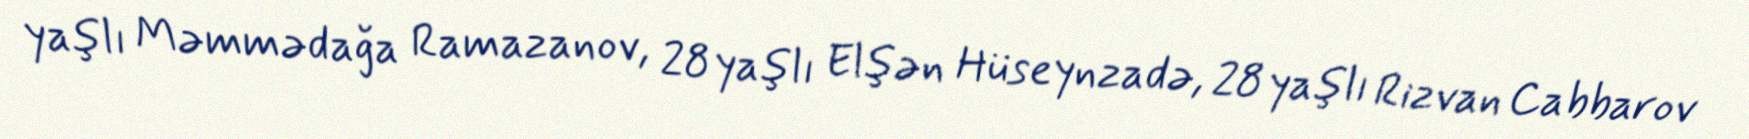
yaşlı Məmmədağa Ramazanov, 28 yaşlı Elşən Hüseynzadə, 28 yaşlı Rizvan Cabbarov